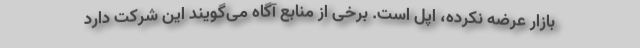
بازار عرضه نکرده، اپل است. برخی از منابع آگاه می‌گویند این شرکت دارد